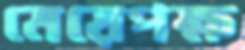
মেয়েপক্ষ